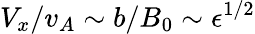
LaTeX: V_{x}/v_{A}\sim b/B_{0}\sim\epsilon^{1/2}